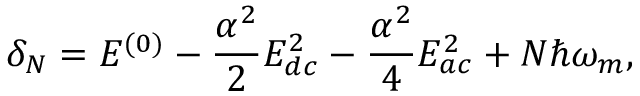
\delta _ { N } = E ^ { ( 0 ) } - \frac { \alpha ^ { 2 } } { 2 } E _ { d c } ^ { 2 } - \frac { \alpha ^ { 2 } } { 4 } E _ { a c } ^ { 2 } + N \hbar \omega _ { m } ,